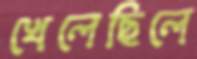
খেলেছিলে